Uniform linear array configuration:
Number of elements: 12
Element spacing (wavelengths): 0.25
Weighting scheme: blackman
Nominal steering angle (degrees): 45
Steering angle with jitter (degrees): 44.55
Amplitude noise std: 0.05
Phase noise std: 0.05

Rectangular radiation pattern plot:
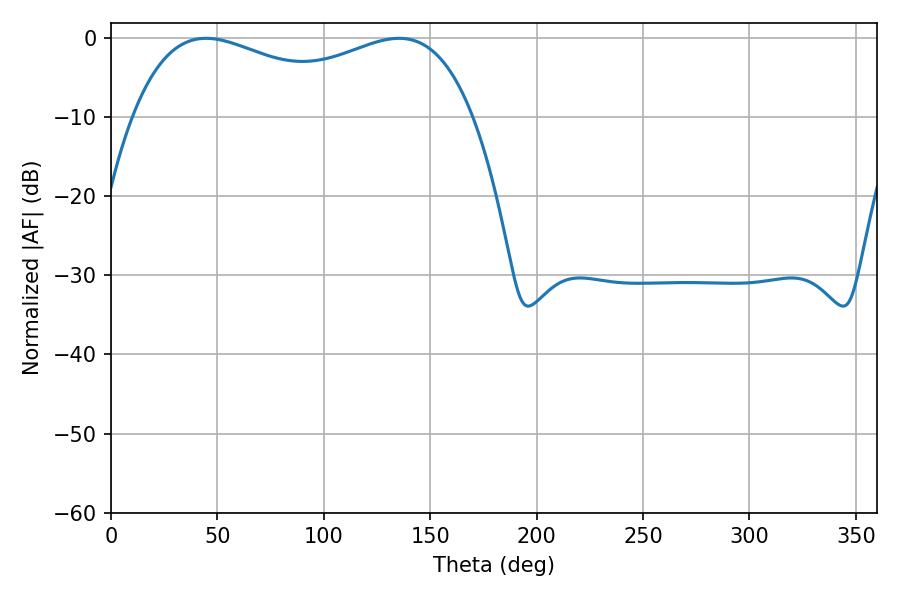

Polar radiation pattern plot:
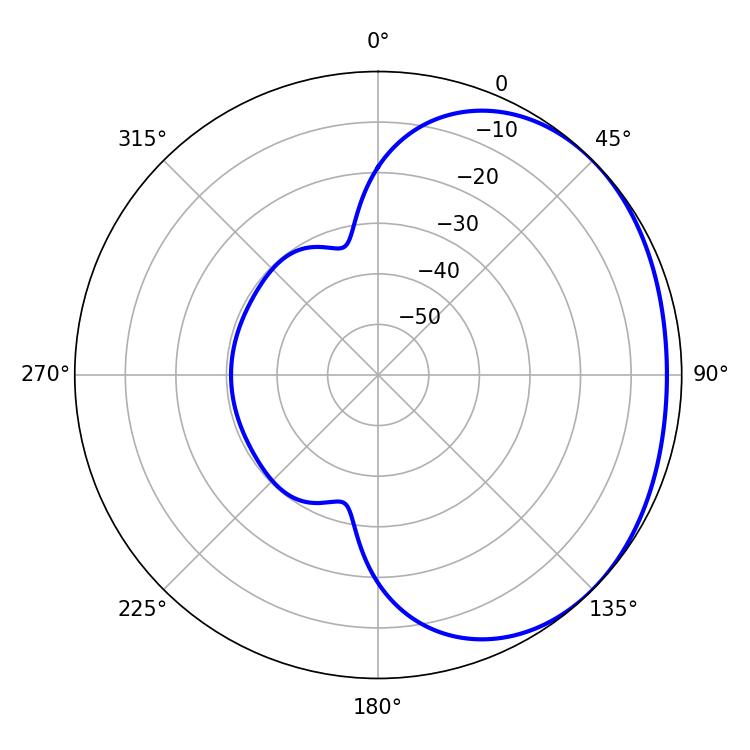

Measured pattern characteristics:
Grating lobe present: FALSE
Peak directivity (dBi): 1.577
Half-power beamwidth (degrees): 132.12
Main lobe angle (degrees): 44.64